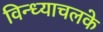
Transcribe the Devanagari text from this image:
विन्ध्याचलके